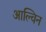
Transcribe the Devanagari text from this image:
आल्विन